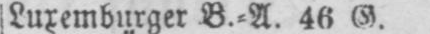
Luxemburger B.⸗A. 46 G.